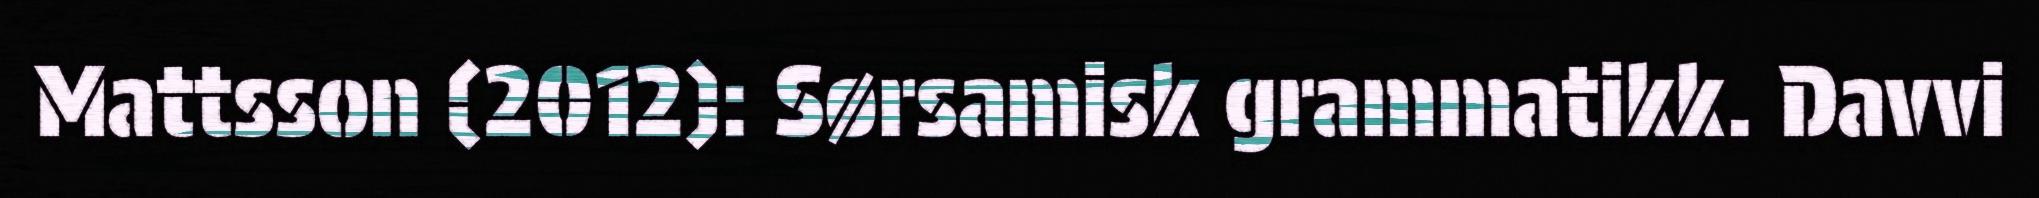
Mattsson (2012): Sørsamisk grammatikk. Davvi